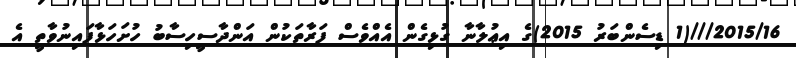
2015/16///(1 ޑިސެންބަރު 2015)ގެ އިޢުލާނާ ގުޅިގެން އެއްވެސް ފަރާތަކުން އަންދާސީހިސާބު ހުށަހަޅާފައިނުވާތީ އެ